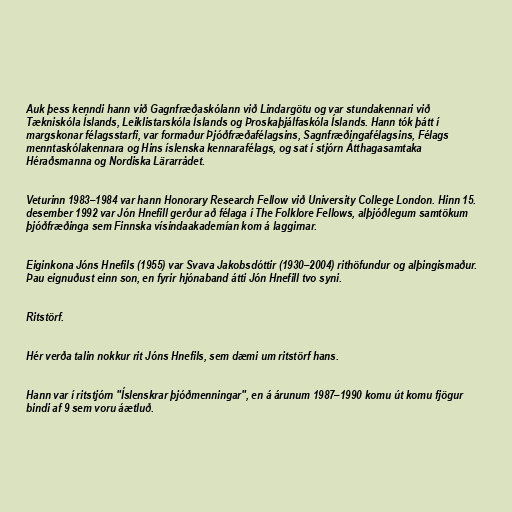
Auk þess kenndi hann við Gagnfræðaskólann við Lindargötu og var stundakennari við
Tækniskóla Íslands, Leiklistarskóla Íslands og Þroskaþjálfaskóla Íslands. Hann tók þátt í
margskonar félagsstarfi, var formaður Þjóðfræðafélagsins, Sagnfræðingafélagsins, Félags
menntaskólakennara og Hins íslenska kennarafélags, og sat í stjórn Átthagasamtaka
Héraðsmanna og Nordiska Lärarrådet.

Veturinn 1983–1984 var hann Honorary Research Fellow við University College London. Hinn 15.
desember 1992 var Jón Hnefill gerður að félaga í The Folklore Fellows, alþjóðlegum samtökum
þjóðfræðinga sem Finnska vísindaakademían kom á laggirnar.

Eiginkona Jóns Hnefils (1955) var Svava Jakobsdóttir (1930–2004) rithöfundur og alþingismaður.
Þau eignuðust einn son, en fyrir hjónaband átti Jón Hnefill tvo syni.

Ritstörf.

Hér verða talin nokkur rit Jóns Hnefils, sem dæmi um ritstörf hans.

Hann var í ritstjórn "Íslenskrar þjóðmenningar", en á árunum 1987–1990 komu út komu fjögur
bindi af 9 sem voru áætluð.